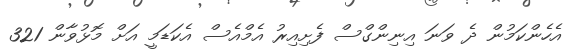
އެހެންކަމުން ދެ ވަނަ އިނިންގްސް ފެށިއިރު އެމްއެސް އެކަޑަމީ އަށް މޮޅުވާން 321